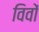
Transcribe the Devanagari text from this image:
विवों